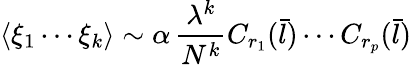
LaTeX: \langle\xi_{1}\cdots\xi_{k}\rangle\sim\alpha\, \frac{\lambda^{k}}{N^{k}}C_{r_{1}}({\bar{l}})\cdots C_{r_{p}}({\bar{l}})